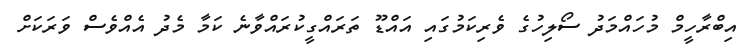
އިބްރާހީމް މުހައްމަދު ސޯލިހުގެ ވެރިކަމުގައި އައްޑޫ ތަަރައްގީކުރައްވާނެ ކަމާ މެދު އެއްވެސް ވަަރަކަށް